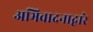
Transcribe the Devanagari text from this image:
अभिवादनाद्वारे